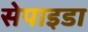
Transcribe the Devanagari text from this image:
सेपाइडा